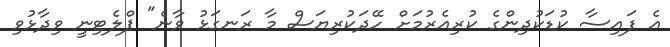
އެ ފައިސާ ކުޑަކުދިންގެ ކުރިއެރުމަށް ހޭދަކުރިޔަސް މާ ރަނގަޅު ވާނެ" ޕްލެޓިނީ ވިދާޅުވި